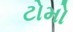
ટોમો